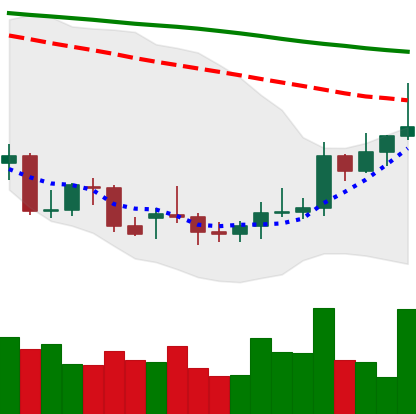
Ticker: XMR-USD
Chart end date: 2021-12-27
Forward return: 13.497%
Label: up_7plus